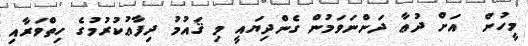
މީހުން  އަށް ދުޢާ ދަންނަވަމުން ގެންދިޔައީ މި ޤައުމު ދިފާޢުކުރުމުގެ ހިތްވަރާއި